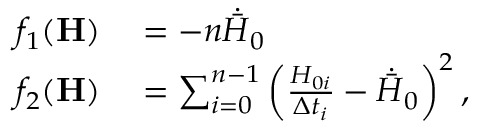
\begin{array} { r l } { f _ { 1 } ( \mathbf { H } ) } & { { } = - n \dot { \bar { H } } _ { 0 } } \\ { f _ { 2 } ( \mathbf { H } ) } & { { } = \sum _ { i = 0 } ^ { n - 1 } \left( \frac { H _ { 0 i } } { \Delta t _ { i } } - \dot { \bar { H } } _ { 0 } \right) ^ { 2 } , } \end{array}